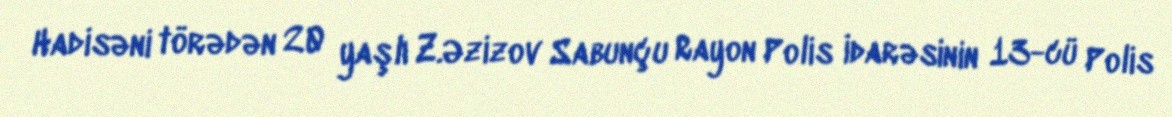
Hadisəni törədən 20 yaşlı Z.Əzizov Sabunçu Rayon Polis İdarəsinin 13-cü Polis